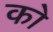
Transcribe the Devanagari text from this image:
को